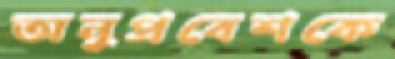
অনুপ্রবেশকে